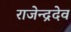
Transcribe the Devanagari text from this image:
राजेन्द्रदेव